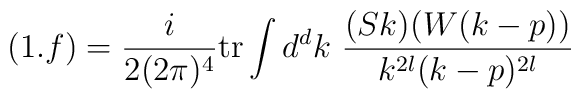
(1.f) = \frac{i}{2(2\pi)^4}\mbox{tr} \int d^dk\ \frac{(Sk) (W(k-p))}{k^{2l} (k-p)^{2l}}